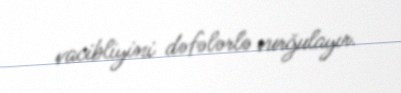
vacibliyini dəfələrlə vurğulayır.